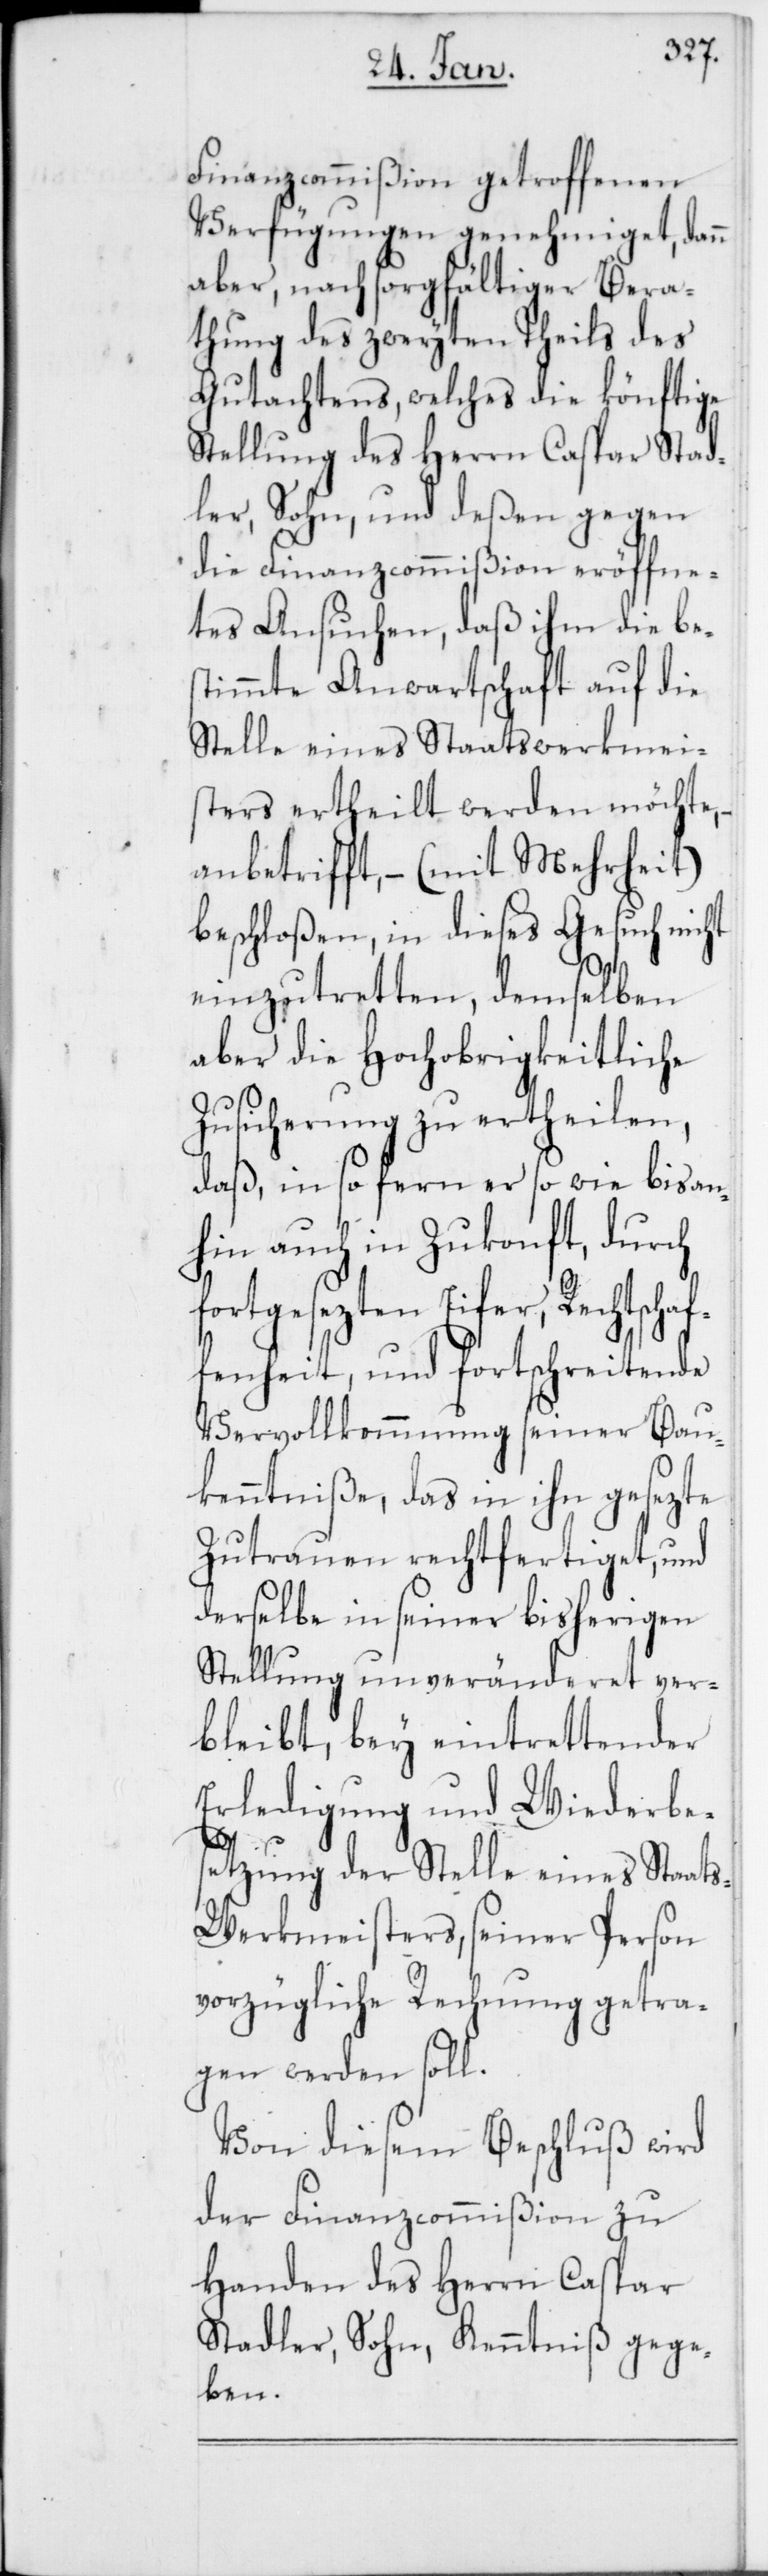
Finanzcommißion getroffenen
Verfügungen genehmiget, da¬
aber, nach sorgfältiger
thung des zweyten Theils des
Gutachtens, welches die könftige
Stellung des Herren Caspar Stad¬
ler, Sohn, und deßen gegen
die Finanzcommißion eröffne¬
ten Ansuchen, daß ihm die be¬
stimmte Anwartschaft auf die
Stelle eines Staatswerkmei¬
sters ertheilt werden möchte,
anbetrifft, – (mit Mehrheit)
beschloßen, in dieses Gesuch nicht
ra¬
einzutretten, demselben
aber die Hochobrigkeitliche
Zusicherung zu ertheilen,
daß, in so fern er so wie bis an¬
hin auch in Zukonft, durch
fortgesezten Eifer, Rechtscha¬
ffenheit, und fortschreitende
Vervollkommnung seiner Bau¬
kenntniße, das in ihn gesezte
Zutrauen rechtfertiget, und
derselbe in seiner bisherigen
Stellung unveränderet ver¬
bleibt, bey eintrettender
Erledigung und Wiederbe¬
setzung der Stelle eines Staat¬
s-Werkmeisters, seiner Person
vorzügliche Rechnung getra¬
gen werden soll.
Von diesem Beschluß wird
der Finanzcommißion zu
Handen des Herrn Caspar
Stadler, Sohn, Kenntniß gege¬
ben.